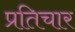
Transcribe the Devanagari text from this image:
प्रतिचार